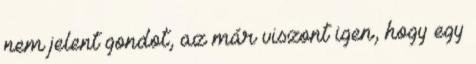
nem jelent gondot, az már viszont igen, hogy egy